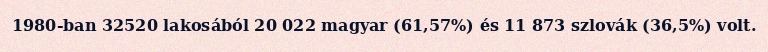
1980-ban 32520 lakosából 20 022 magyar (61,57%) és 11 873 szlovák (36,5%) volt.